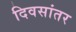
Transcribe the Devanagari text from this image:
दिवसांतर